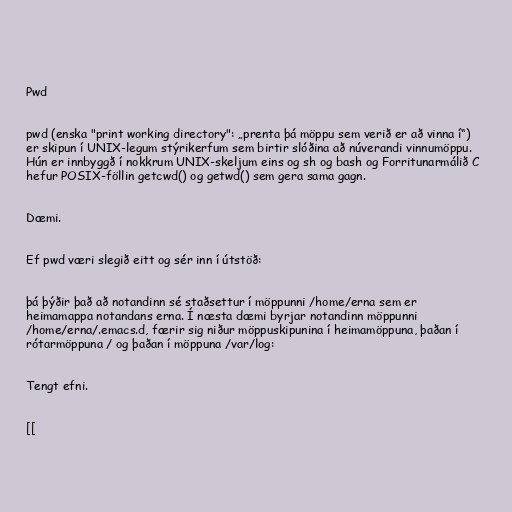
Pwd

pwd (enska "print working directory": „prenta þá möppu sem verið er að vinna í“)
er skipun í UNIX-legum stýrikerfum sem birtir slóðina að núverandi vinnumöppu.
Hún er innbyggð í nokkrum UNIX-skeljum eins og sh og bash og Forritunarmálið C
hefur POSIX-föllin getcwd() og getwd() sem gera sama gagn.

Dæmi.

Ef pwd væri slegið eitt og sér inn í útstöð:

þá þýðir það að notandinn sé staðsettur í möppunni /home/erna sem er
heimamappa notandans erna. Í næsta dæmi byrjar notandinn möppunni
/home/erna/.emacs.d, færir sig niður möppuskipunina í heimamöppuna, þaðan í
rótarmöppuna / og þaðan í möppuna /var/log:

Tengt efni.

[[